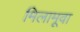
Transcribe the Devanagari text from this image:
मिलामूवा